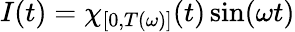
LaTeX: I(t)=\chi_{[0,T(\omega)]}(t)\sin(\omega t)